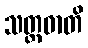
သတ္တဓာတိ